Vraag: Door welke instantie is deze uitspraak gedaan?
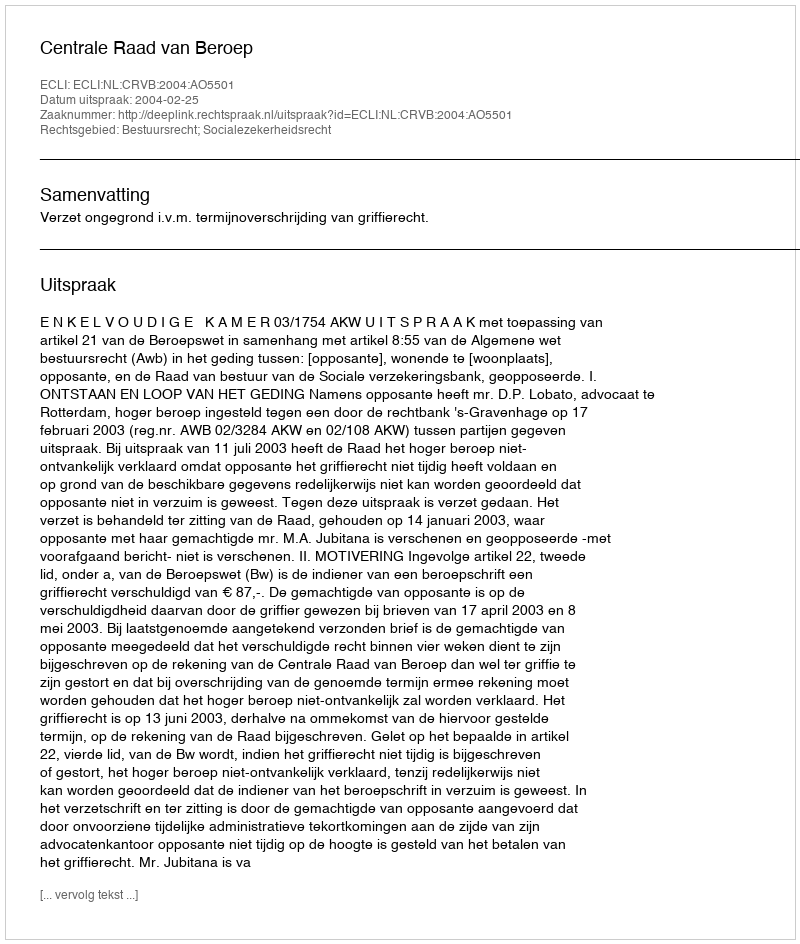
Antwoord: Centrale Raad van Beroep